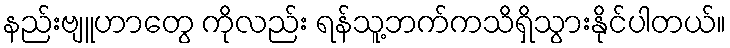
နည်းဗျူဟာတွေ ကိုလည်း ရန်သူ့ဘက်ကသိရှိသွားနိုင်ပါတယ်။